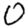
Digit: 0